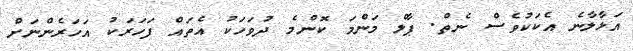
އަޅާލާނެ އެކަކުވެސް ނެތް. ޕާލް މަންމަ ކޮންމެ ދުވަހަކު އެތައް ފަހަރަކު އަހަރެންނަށް